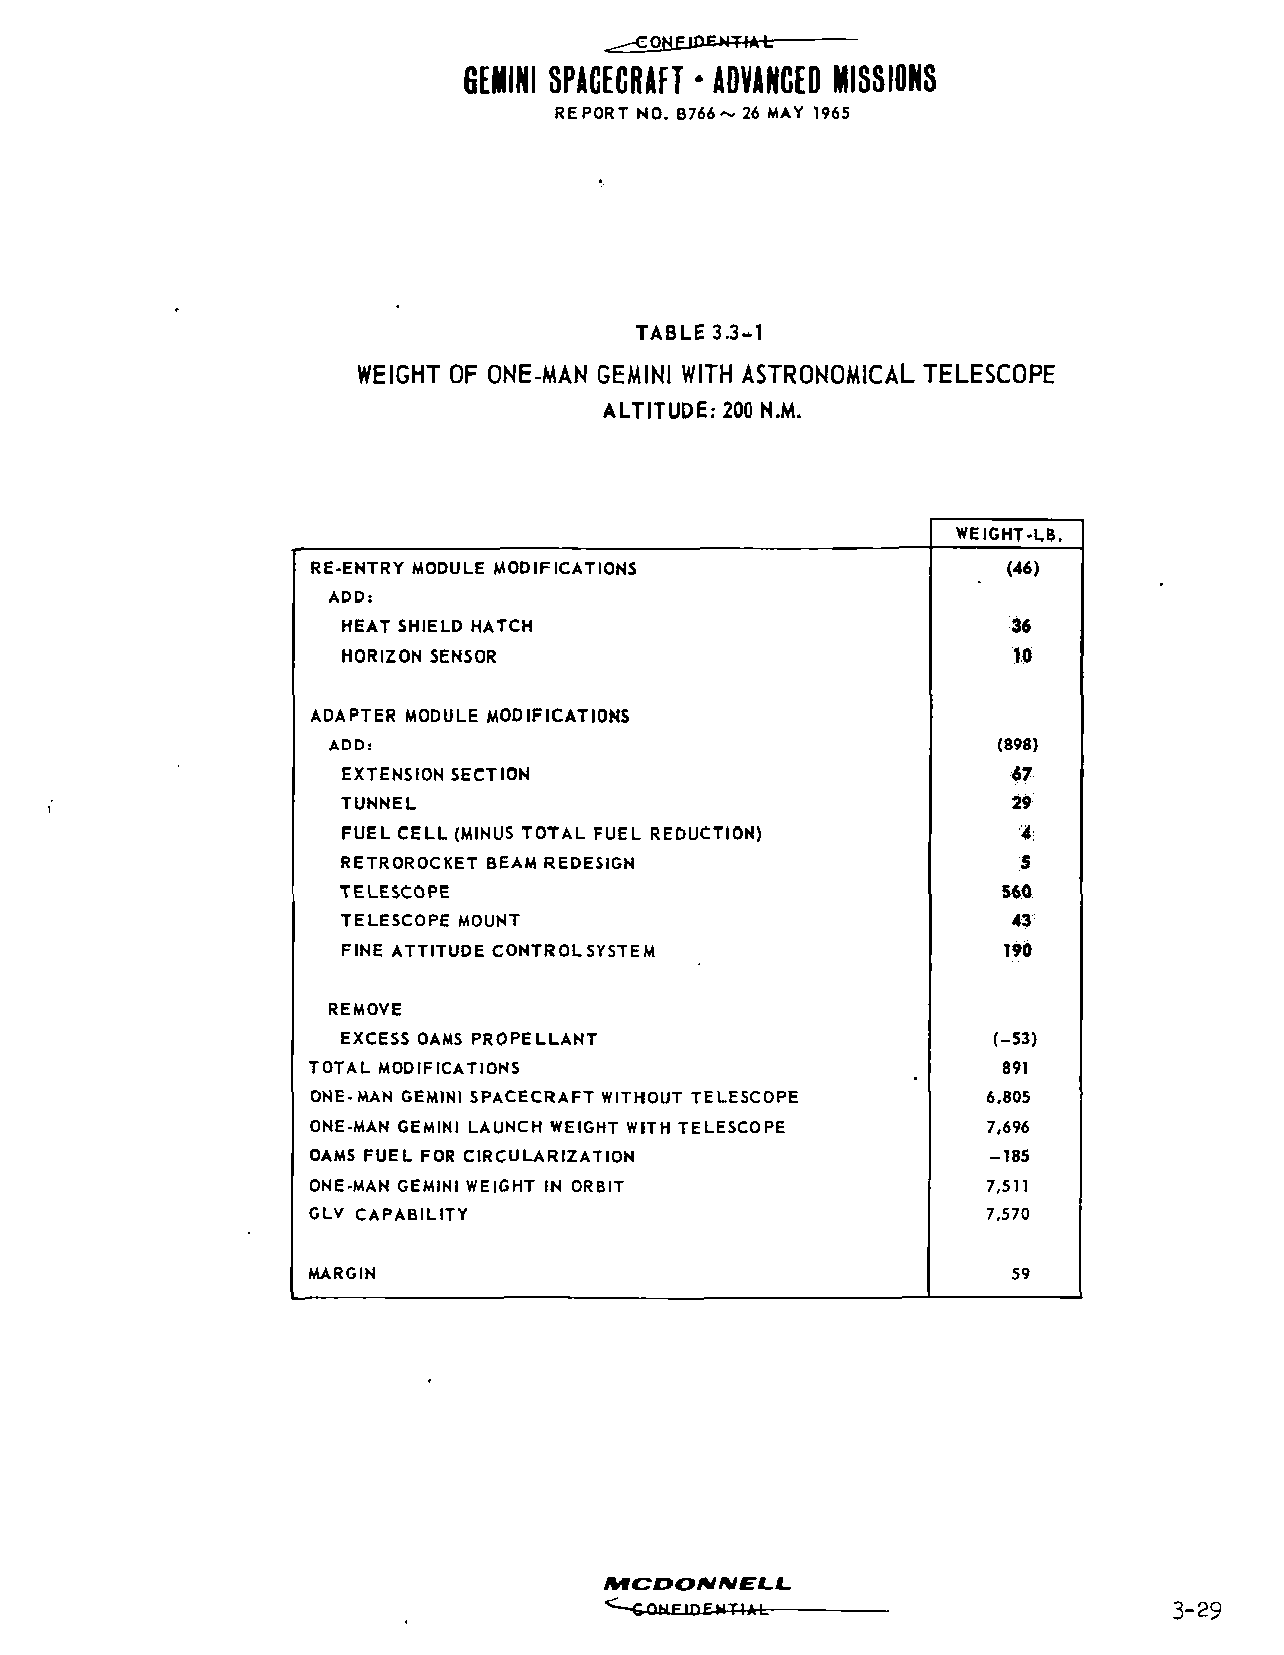
COM£iPE*fflA-t:
 GEMINI SPACECRAFT • ADVANCED MISSIONS
 REPORT NO. B766~ 26 MAY 1965
 TABLE 3.3-1
 WEIGHT OF ONE-MAN GEMINI WITH ASTRONOMICAL TELESCOPE
 ALTITUDE: 200 N.M.
 WEIGHT-LB.
 RE-ENTRY MODULE MODIFICATIONS                 (46)
 ADD:
 HEAT SHIELD HATCH                           36
 HORIZON SENSOR                              10
 ADAPTER MODULE MODIFICATIONS
 ADD:                                        (898)
 EXTENSION SECTION                           67
 TUNNEL                                      29
 FUEL CELL (MINUS TOTAL FUEL REDUCTION)       4
 RETROROCKET BEAM REDESIGN                   5
 TELESCOPE                                   560
 TELESCOPE MOUNT                             43
 FINE ATTITUDE CONTROL SYSTEM               190
 REMOVE
 EXCESS OAMS PROPELLANT                     (-53)
 TOTAL MODIFICATIONS                           891
 ONE-MAN GEMINI SPACECRAFT WITHOUT TELESCOPE  6,805
 ONE-MAN GEMINI LAUNCH WEIGHT WITH TELESCOPE 7,696
 OAMS FUEL FOR CIRCULARIZATION                -185
 ONE-MAN GEMINI WEIGHT IN ORBIT               7,511
 GLV CAPABILITY                               7,570
 MARGIN                                         59
 MCDONHIEL.L.